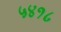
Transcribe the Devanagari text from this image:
५४१८